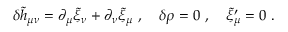
\delta { \widetilde h } _ { \mu \nu } = \partial _ { \mu } { \widetilde \xi } _ { \nu } + \partial _ { \nu } { \widetilde \xi } _ { \mu } ~ , ~ ~ ~ \delta \rho = 0 ~ , ~ ~ ~ { \widetilde \xi } _ { \mu } ^ { \prime } = 0 ~ .